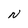
Character: N